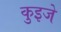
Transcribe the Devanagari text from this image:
कुइजे